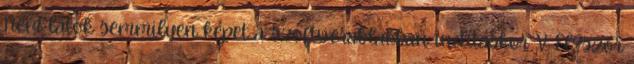
Nem látok semmilyen képet a szoftverablakban indításkor V: El?ször